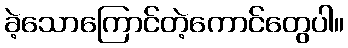
ခဲ့သောကြောင်တဲ့ကောင်တွေပါ။